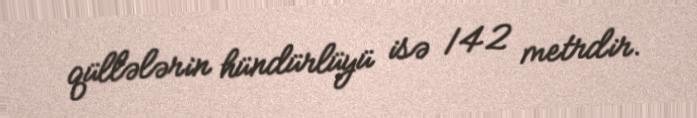
qüllələrin hündürlüyü isə 142 metrdir.